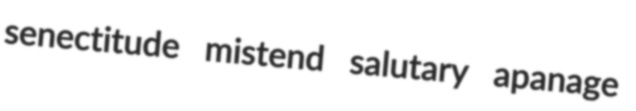
senectitude mistend salutary apanage